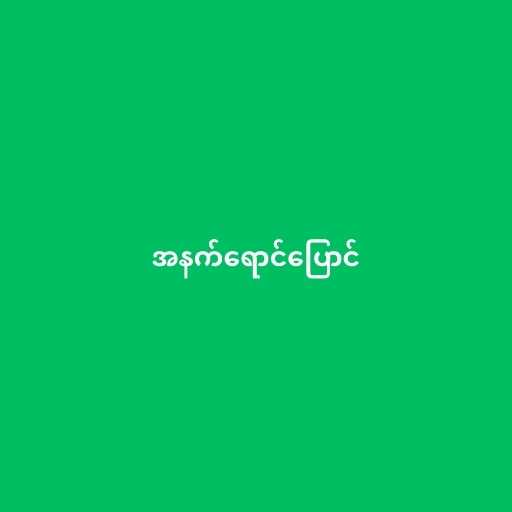
အနက်ရောင်ပြောင်